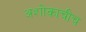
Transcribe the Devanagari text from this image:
अशोकाचीच